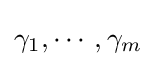
\gamma _{1},\cdots ,\gamma _{m}